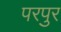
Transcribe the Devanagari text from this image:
परपुर